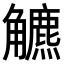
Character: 𧥍